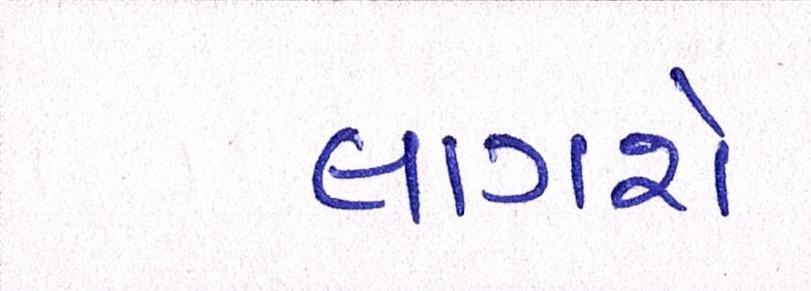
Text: લાગશે